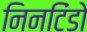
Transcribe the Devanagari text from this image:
निनटिंडो